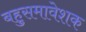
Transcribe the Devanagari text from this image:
बहुसमावेशक